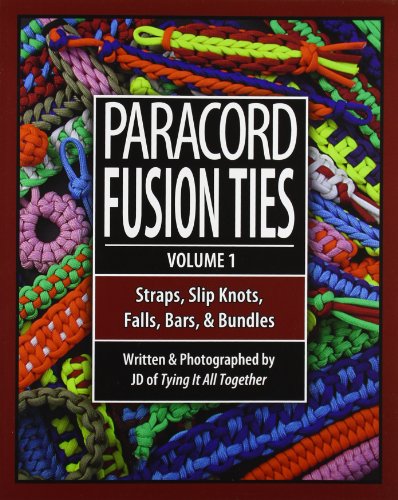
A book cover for Paracord Fusion Ties - Volume 1: Straps, Slip Knots, Falls, Bars, and Bundles; J.D. Lenzen; Crafts, Hobbies & Home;